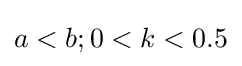
a<b;0<k<0.5